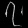
Digit: ၇